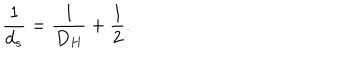
LaTeX: \frac { 1 } { d _ { s } } = \frac { 1 } { D _ { H } } + \frac { 1 } { 2 } .